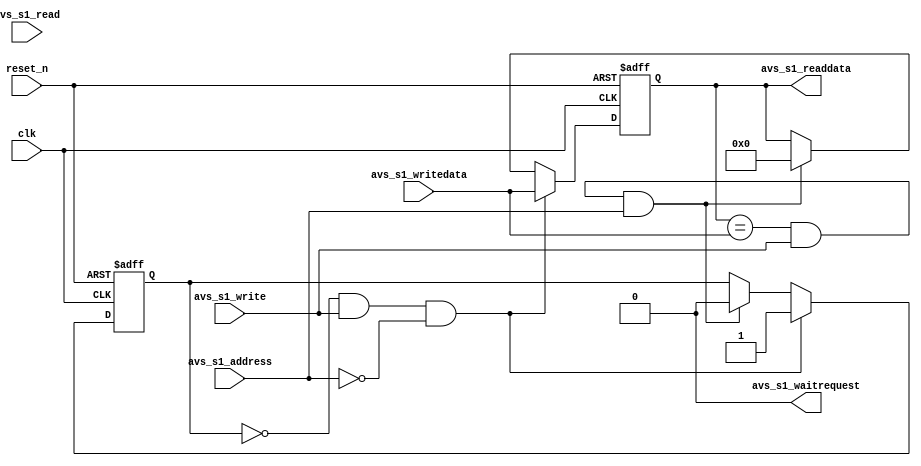
// synthesis translate_off
`timescale 1ns / 1ps
// synthesis translate_on

module legup_mutex (
clk,
reset_n, 

// inputs:
avs_s1_address,
avs_s1_read,
avs_s1_write,
avs_s1_writedata,

// outputs:
avs_s1_readdata,
avs_s1_waitrequest
);


input               clk;
input               reset_n; 

input               avs_s1_address;
input               avs_s1_read;
input               avs_s1_write;
input       [31: 0] avs_s1_writedata;

output      [31: 0] avs_s1_readdata; 
output  		    avs_s1_waitrequest;

wire        [31: 0] accel_id;
wire                mutex_free;
reg         [31: 0] mutex_owner;
reg                 mutex_state;
wire                owner_valid;

assign avs_s1_readdata      = mutex_owner;
assign avs_s1_waitrequest   = 1'b0;

always @(posedge clk or negedge reset_n)
begin
    if (!reset_n)
    begin
        mutex_state <= 0;
        mutex_owner <= 0;
    end
    //if mutex is free and someone tries to get the mutex
    else if (mutex_free && avs_s1_write && !avs_s1_address)
    begin
        //mutex_state <= avs_s1_writedata[0];
        mutex_state <= 1'b1;
        mutex_owner <= accel_id;
    end
    //if mutex is taken and the owner wants to release the mutex
    else if (owner_valid && avs_s1_write && avs_s1_address)
    begin
        mutex_state <= 0;
        mutex_owner <= 0;
    end
end

assign accel_id         = avs_s1_writedata;
assign mutex_free       = mutex_state == 0;
assign owner_valid      = mutex_owner == accel_id;

endmodule